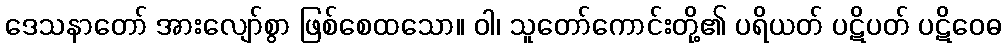
ဒေသနာတော် အားလျော်စွာ ဖြစ်စေထသော။ ဝါ၊ သူတော်ကောင်းတို့၏ ပရိယတ် ပဋိပတ် ပဋိဝေဓ